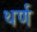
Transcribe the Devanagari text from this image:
थर्ण